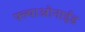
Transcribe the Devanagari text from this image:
फ्ल्याओनाईड